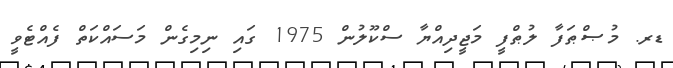
ޑރ. މުޞްޠަފާ ލުޠްފީ މަޖީދިއްޔާ ސްކޫލުން 1975 ގައި ނިމިގެން މަސައްކަތް ފެއްޓެވީ